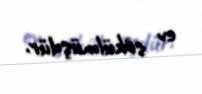
ev sökülmüşdür.